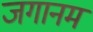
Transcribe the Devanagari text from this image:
जगानम